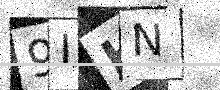
Text: 9IHN